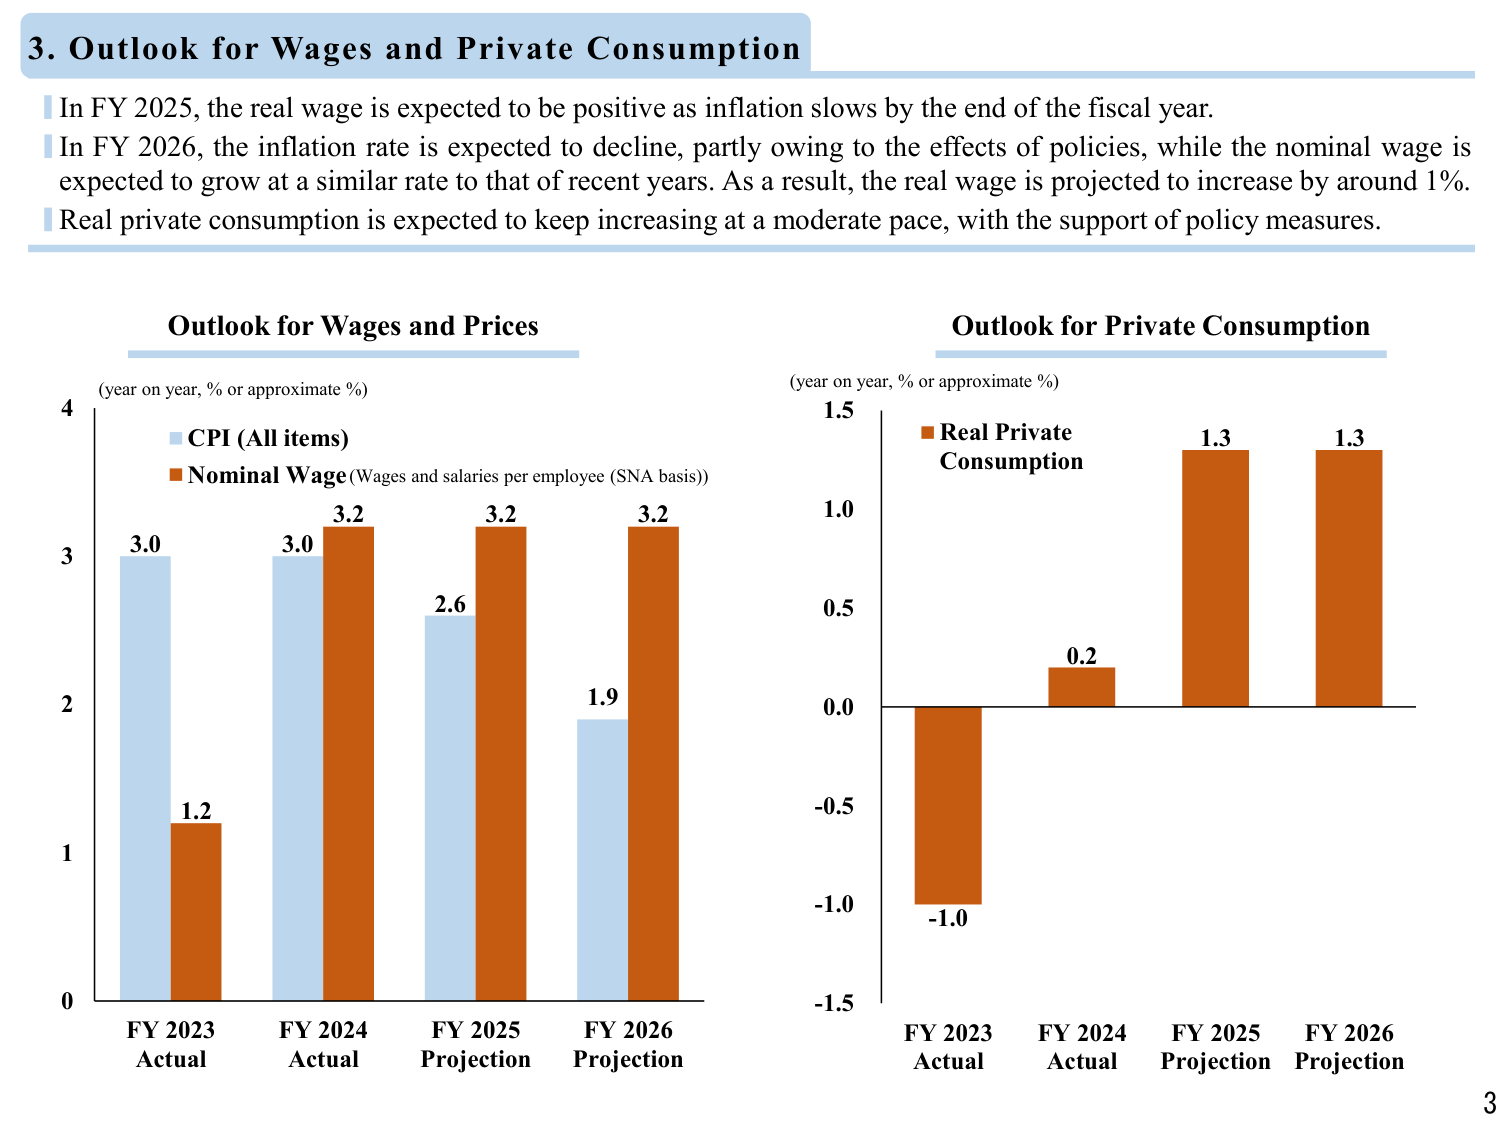
3. Outlook for Wages and Private Consumption

In FY 2025, the real wage is expected to be positive as inflation slows by the end of the fiscal year.
In FY 2026, the inflation rate is expected to decline, partly owing to the effects of policies, while the nominal wage is expected to grow at a similar rate to that of recent years. As a result, the real wage is projected to increase by around 1%.
Real private consumption is expected to keep increasing at a moderate pace, with the support of policy measures.

Outlook for Wages and Prices
(year on year, % or approximate %)
CPI (All items)
Nominal Wage (Wages and salaries per employee (SNA basis))
3.0
1.2
3.0
3.2
2.6
3.2
1.9
3.2
FY 2023 Actual
FY 2024 Actual
FY 2025 Projection
FY 2026 Projection

Outlook for Private Consumption
(year on year, % or approximate %)
Real Private Consumption
-1.0
0.2
1.3
1.3
FY 2023 Actual
FY 2024 Actual
FY 2025 Projection
FY 2026 Projection

3